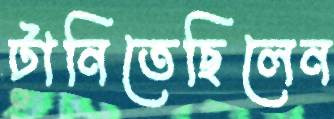
টানিতেছিলেন